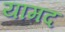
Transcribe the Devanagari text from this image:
यामद